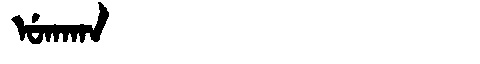
Manchu: ᡠᡴᠠᡴᠠ
Romanization: UKAKA